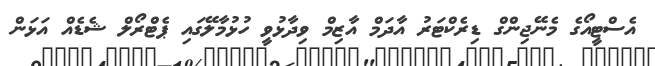
އެސްޓީއޯގެ މެނޭޖިންގް ޑިރެކްޓަރު އާދަމް އާޒިމް ވިދާޅުވީ ހުޅުމާލޭގައި ޕެޓްރޯލް ޝެޑެއް އަޅަން